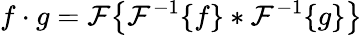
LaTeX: f\cdot g={\mathcal{F}}{\big\{ }{\mathcal{F}}^{-1}\{ f\} *{\mathcal{F}}^{-1}\{ g\} {\big\} }